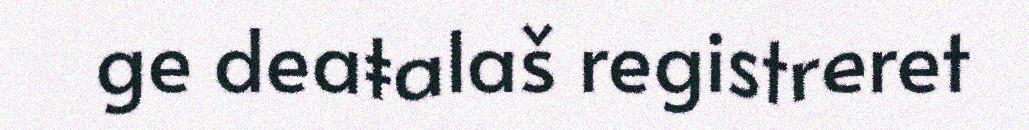
ge deaŧalaš registreret